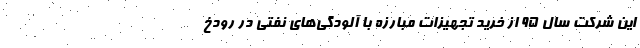
این شرکت سال ۹۵ از خرید تجهیزات مبارزه با آلودگی‌های نفتی در رودخ